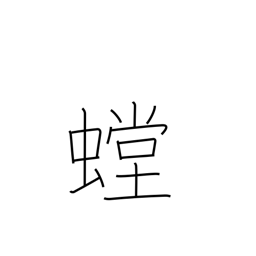
Meaning: mantis